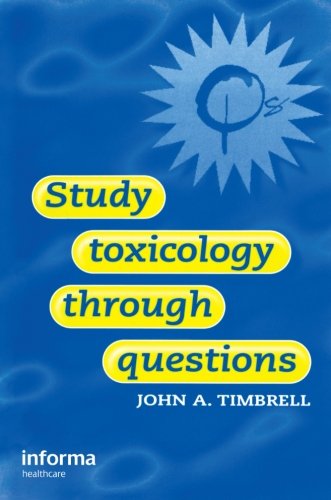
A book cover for Study Toxicology Through Questions; John Timbrell; Medical Books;